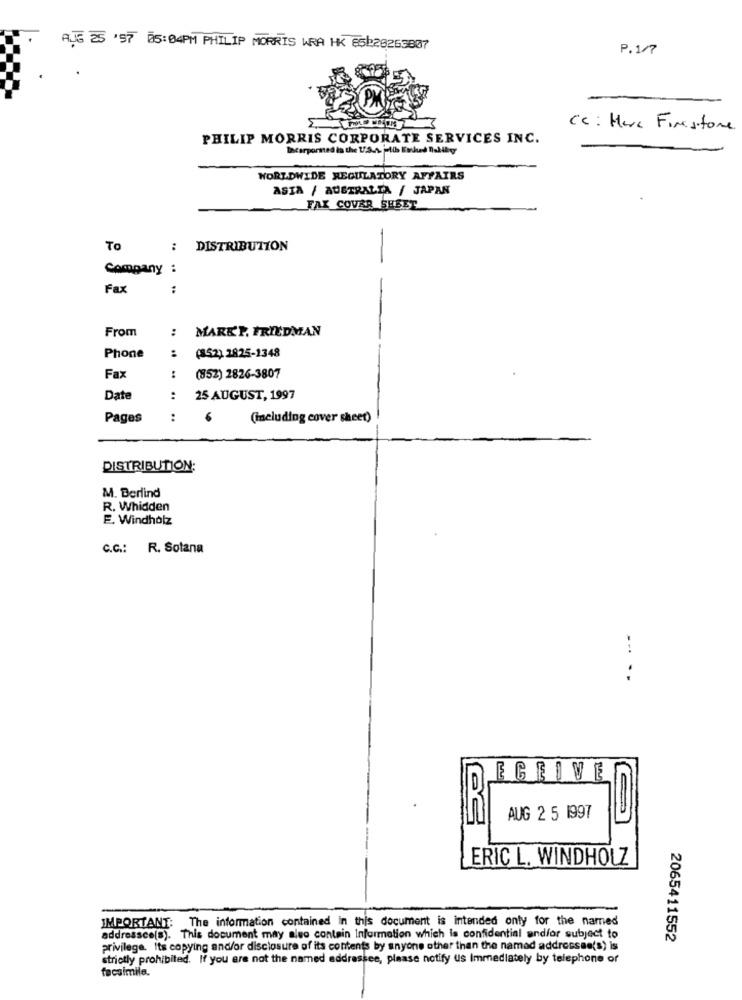
AJG 25 '57 05:04PM PHILIP MORRIS WRA HK 65b26263807
P.1/7
Cc : Marc Firestone
PHILIP MORRIS CORPORATE SERVICES INC.
Incorporined in the U.S.A. julih Fwthed Dobilnyy
WORLDWIDE REGULATORY AFFAIRS
ASIA / AUSTRALIA / JAPAN
FAX COVER SHEET
-
To
:
DISTRIBUTION
Company :
Fax
:
From
:
MARE'P. FRIEDMAN
(352) 2825-1348
Phone
Fax
:
(852) 2826-3807
Date
:
25 AUGUST, 1997
Pages
:
6
(including cover sheet)
DISTRIBUTION:
M. Berlind
R. Whidden
E. Windholz
C.C .: R. Sotana
. .
ECEIVE
AUG 2 5 1997
ERIC L. WINDHOLZ
IMPORTANT: The information contained in this document is intended only for the named
addressee(s). This document may also contain Information which is confidential andfor subject to
2065411552
privilege. Its copying and/or disclosure of its contents by anyone other than the named addressee(s) is
strictly prohibited. If you are not the named addressee, please notify us Immediately by telephone or
facsimile.